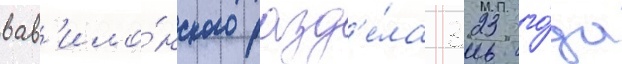
вав'ило́нского разд'е́ла 323 го́да